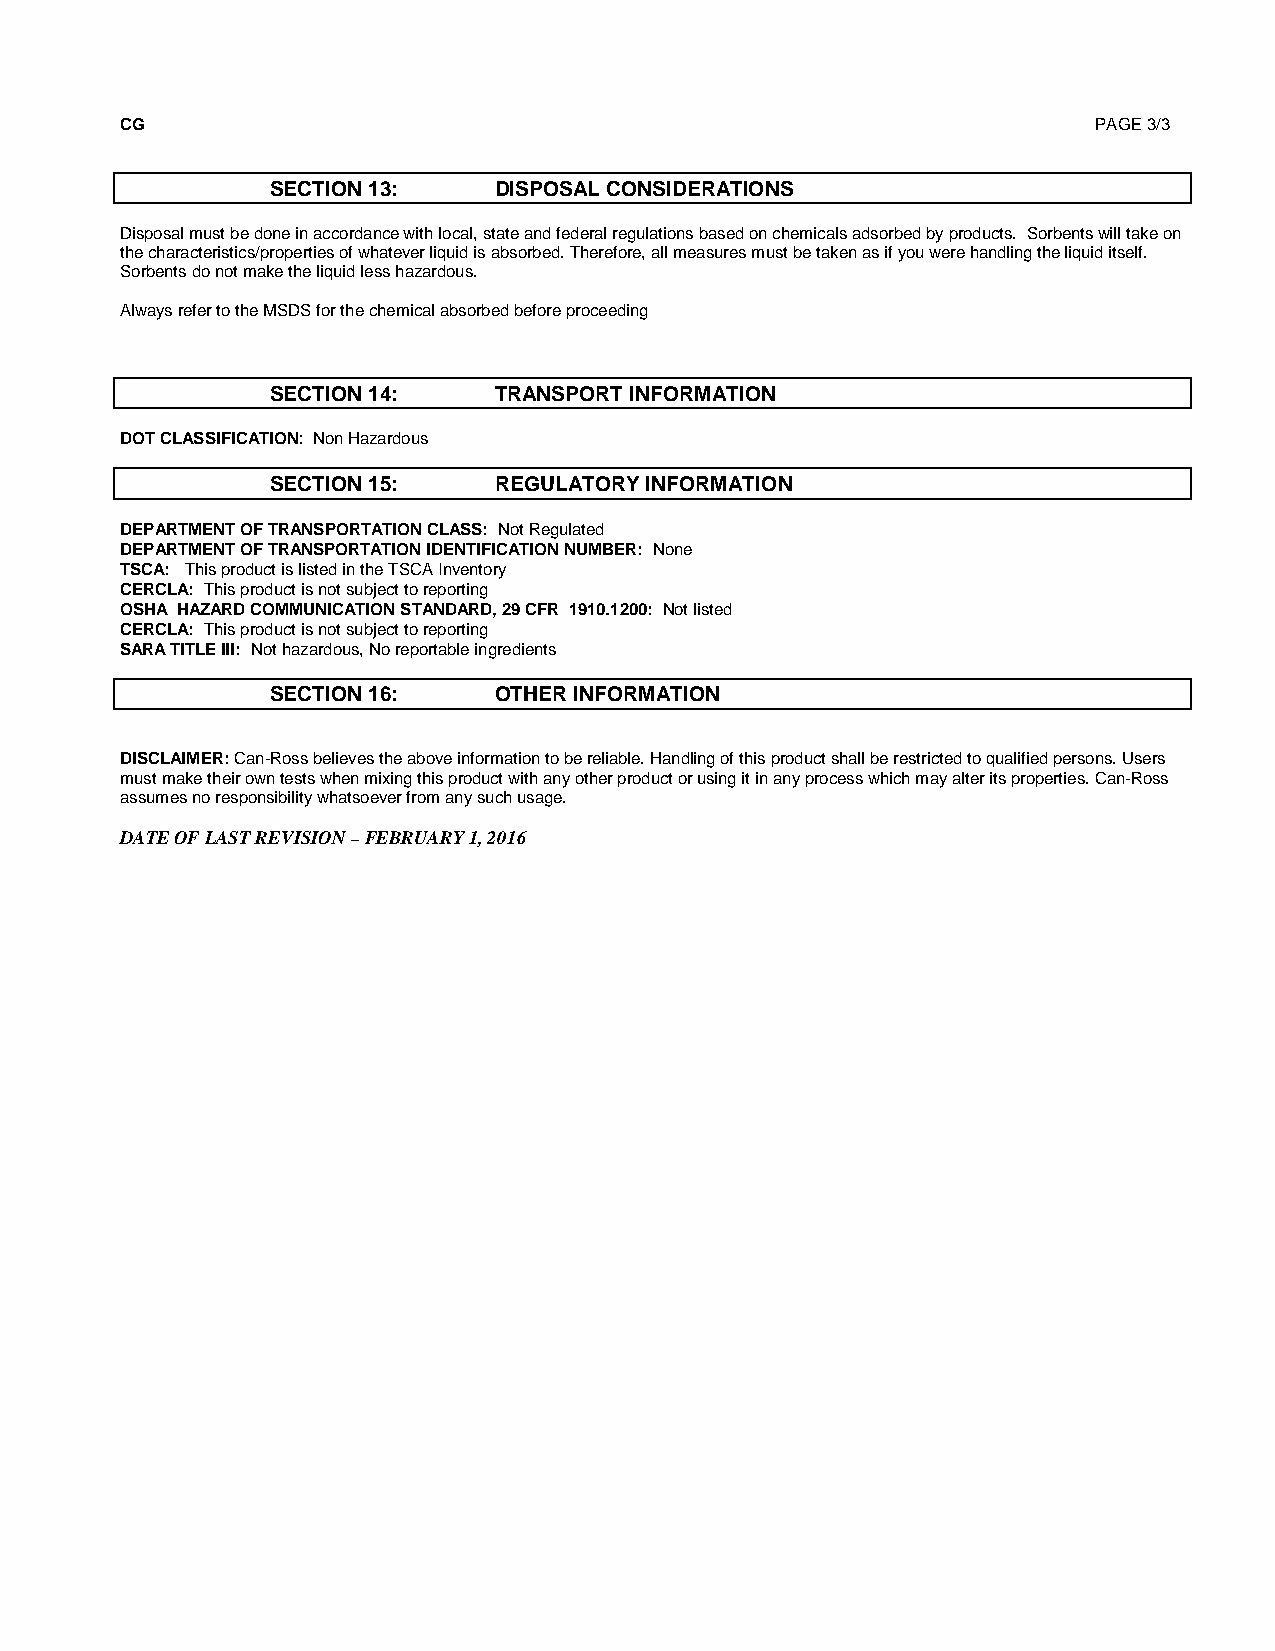
CG                                                               PAGE 3/3
 SECTION 13:    DISPOSAL CONSIDERATIONS
 Disposal must be done in accordance with local, state and federal regulations based on chemicals adsorbed by products. Sorbents will take on
 the characteristics/properties of whatever liquid is absorbed. Therefore, all measures must be taken as if you were handling the liquid itself.
 Sorbents do not make the liquid less hazardous.
 Always refer to the MSDS for the chemical absorbed before proceeding
 SECTION 14:    TRANSPORT INFORMATION
 DOT CLASSIFICATION: Non Hazardous
 SECTION 15:    REGULATORY INFORMATION
 DEPARTMENT OF TRANSPORTATION CLASS: Not Regulated
 DEPARTMENT OF TRANSPORTATION IDENTIFICATION NUMBER: None
 TSCA: This product is listed in the TSCA Inventory
 CERCLA: This product is not subject to reporting
 OSHA HAZARD COMMUNICATION STANDARD, 29 CFR 1910.1200: Not listed
 CERCLA: This product is not subject to reporting
 SARA TITLE III: Not hazardous, No reportable ingredients
 SECTION 16:    OTHER INFORMATION
 DISCLAIMER: Can-Ross believes the above information to be reliable. Handling of this product shall be restricted to qualified persons. Users
 must make their own tests when mixing this product with any other product or using it in any process which may alter its properties. Can-Ross
 assumes no responsibility whatsoever from any such usage.
 DATE OF LAST REVISION – FEBRUARY 1, 2016